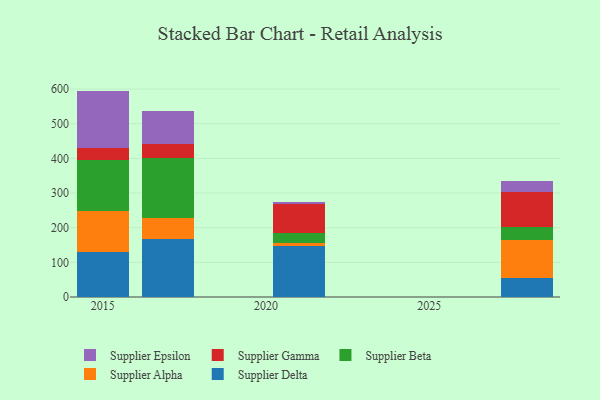
{"axis": {"x": "Year", "y": "Energy Usage (MWh)"}, "legend": ["Supplier Alpha", "Supplier Beta", "Supplier Delta", "Supplier Epsilon", "Supplier Gamma"], "data": [{"x": "2017", "y": 167.7, "type": "Supplier Delta"}, {"x": "2017", "y": 59.0, "type": "Supplier Alpha"}, {"x": "2017", "y": 173.8, "type": "Supplier Beta"}, {"x": "2017", "y": 41.9, "type": "Supplier Gamma"}, {"x": "2017", "y": 94.4, "type": "Supplier Epsilon"}, {"x": "2028", "y": 55.2, "type": "Supplier Delta"}, {"x": "2028", "y": 108.3, "type": "Supplier Alpha"}, {"x": "2028", "y": 38.4, "type": "Supplier Beta"}, {"x": "2028", "y": 102.4, "type": "Supplier Gamma"}, {"x": "2028", "y": 31.9, "type": "Supplier Epsilon"}, {"x": "2021", "y": 146.4, "type": "Supplier Delta"}, {"x": "2021", "y": 8.9, "type": "Supplier Alpha"}, {"x": "2021", "y": 28.0, "type": "Supplier Beta"}, {"x": "2021", "y": 85.1, "type": "Supplier Gamma"}, {"x": "2021", "y": 6.1, "type": "Supplier Epsilon"}, {"x": "2015", "y": 130.0, "type": "Supplier Delta"}, {"x": "2015", "y": 118.8, "type": "Supplier Alpha"}, {"x": "2015", "y": 145.5, "type": "Supplier Beta"}, {"x": "2015", "y": 36.4, "type": "Supplier Gamma"}, {"x": "2015", "y": 164.3, "type": "Supplier Epsilon"}]}